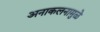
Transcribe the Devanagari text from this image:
अनाकलनामुळे